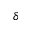
\delta